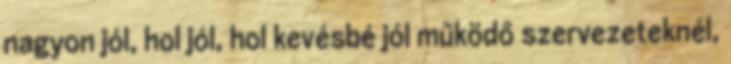
nagyon jól, hol jól, hol kevésbé jól működő szervezeteknél,